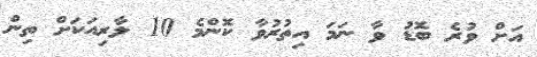
އަށް ވުރެ ބޮޑު ވާ ނަމަ އިތުރުވާ ކޮންމެ 10 ލާރިއަކަށް ތިން